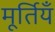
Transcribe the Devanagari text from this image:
मूर्तियँ